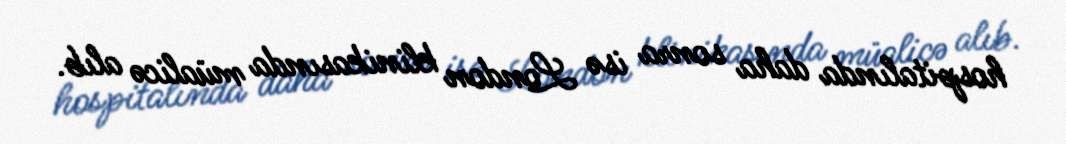
hospitalında daha sonra isə London klinikasında müalicə alıb.